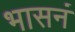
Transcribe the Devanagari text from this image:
भासनं